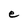
Character: e